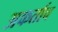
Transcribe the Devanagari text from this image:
अकर्ताच